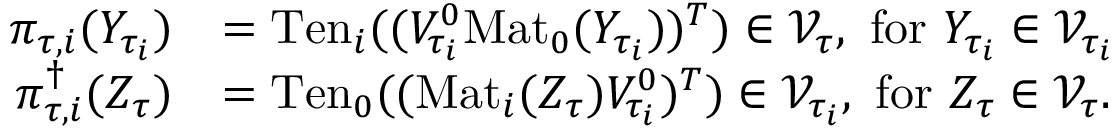
\begin{array} { r l } { \pi _ { \tau , i } ( Y _ { \tau _ { i } } ) } & { = \mathrm { T e n } _ { i } ( ( V _ { \tau _ { i } } ^ { 0 } \mathrm { M a t } _ { 0 } ( Y _ { \tau _ { i } } ) ) ^ { T } ) \in \mathcal { V } _ { \tau } , \ \mathrm { f o r } \ Y _ { \tau _ { i } } \in \mathcal { V } _ { \tau _ { i } } } \\ { \pi _ { \tau , i } ^ { \dagger } ( Z _ { \tau } ) } & { = \mathrm { T e n } _ { 0 } ( ( \mathrm { M a t } _ { i } ( Z _ { \tau } ) V _ { \tau _ { i } } ^ { 0 } ) ^ { T } ) \in \mathcal { V } _ { \tau _ { i } } , \ \mathrm { f o r } \ Z _ { \tau } \in \mathcal { V } _ { \tau } . } \end{array}